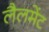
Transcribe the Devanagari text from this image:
लैलमेंट